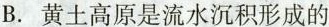
B.黄土高原是流水沉积形成的